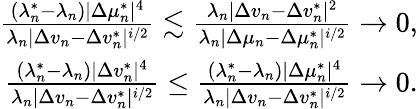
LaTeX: \begin{array}{r}{\frac{(\lambda_{n}^{*}-\lambda_{n})|\Delta\mu_{n}^{*}|^{4}}{\lambda_{n}|\Delta v_{n}-\Delta v_{n}^{*}|^{i/2}}\lesssim\frac{\lambda_{n}|\Delta v_{n}-\Delta v_{n}^{*}|^{2}}{\lambda_{n}|\Delta\mu_{n}-\Delta\mu_{n}^{*}|^{i/2}}\to 0,}\\ {\frac{(\lambda_{n}^{*}-\lambda_{n})|\Delta v_{n}^{*}|^{4}}{\lambda_{n}|\Delta v_{n}-\Delta v_{n}^{*}|^{i/2}}\leq\frac{(\lambda_{n}^{*}-\lambda_{n})|\Delta\mu_{n}^{*}|^{4}}{\lambda_{n}|\Delta v_{n}-\Delta v_{n}^{*}|^{i/2}}\to 0.}\end{array}